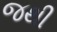
જથી